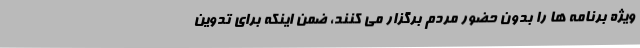
ویژه برنامه ها را بدون حضور مردم برگزار می کنند، ضمن اینکه برای تدوین